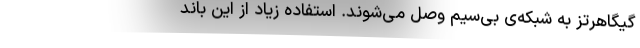
گیگاهرتز به شبکه‌ی بی‌سیم وصل می‌شوند. استفاده‌ زیاد از این باند